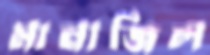
মানাজিল